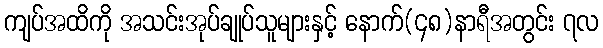
ကျပ်အထိကို အသင်းအုပ်ချုပ်သူများနှင့် နောက်(၄၈)နာရီအတွင်း ၇လ